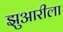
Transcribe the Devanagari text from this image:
झुआरीला